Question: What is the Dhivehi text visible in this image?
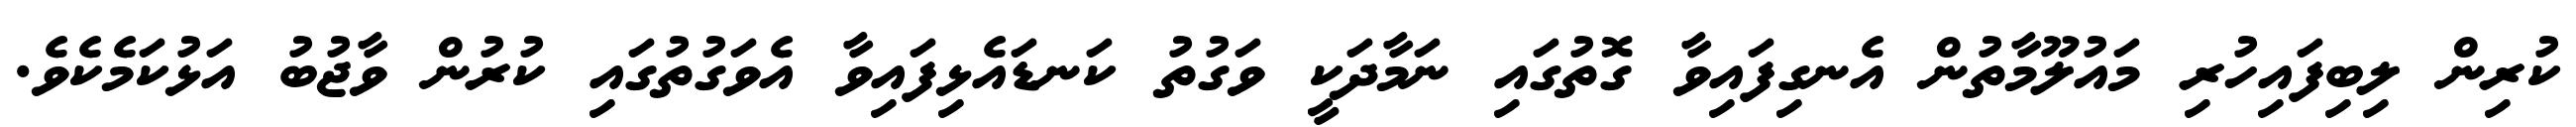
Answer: ކުރިން ލިބިފައިހުރި މައުލޫމާތުން އެނގިފައިވާ ގޮތުގައި ނަމާދަކީ ވަގުތު ކަނޑައެޅިފައިވާ އެވަގުތުގައި ކުރުން ވާޖުބު އަޅުކަމެކެވެ.